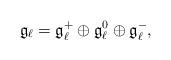
LaTeX: \begin{gather*} {\mathfrak g}_{\ell} = {\mathfrak g}_{\ell}^+ \oplus {\mathfrak g}_{\ell}^0 \oplus {\mathfrak g}_{\ell}^-,\end{gather*}